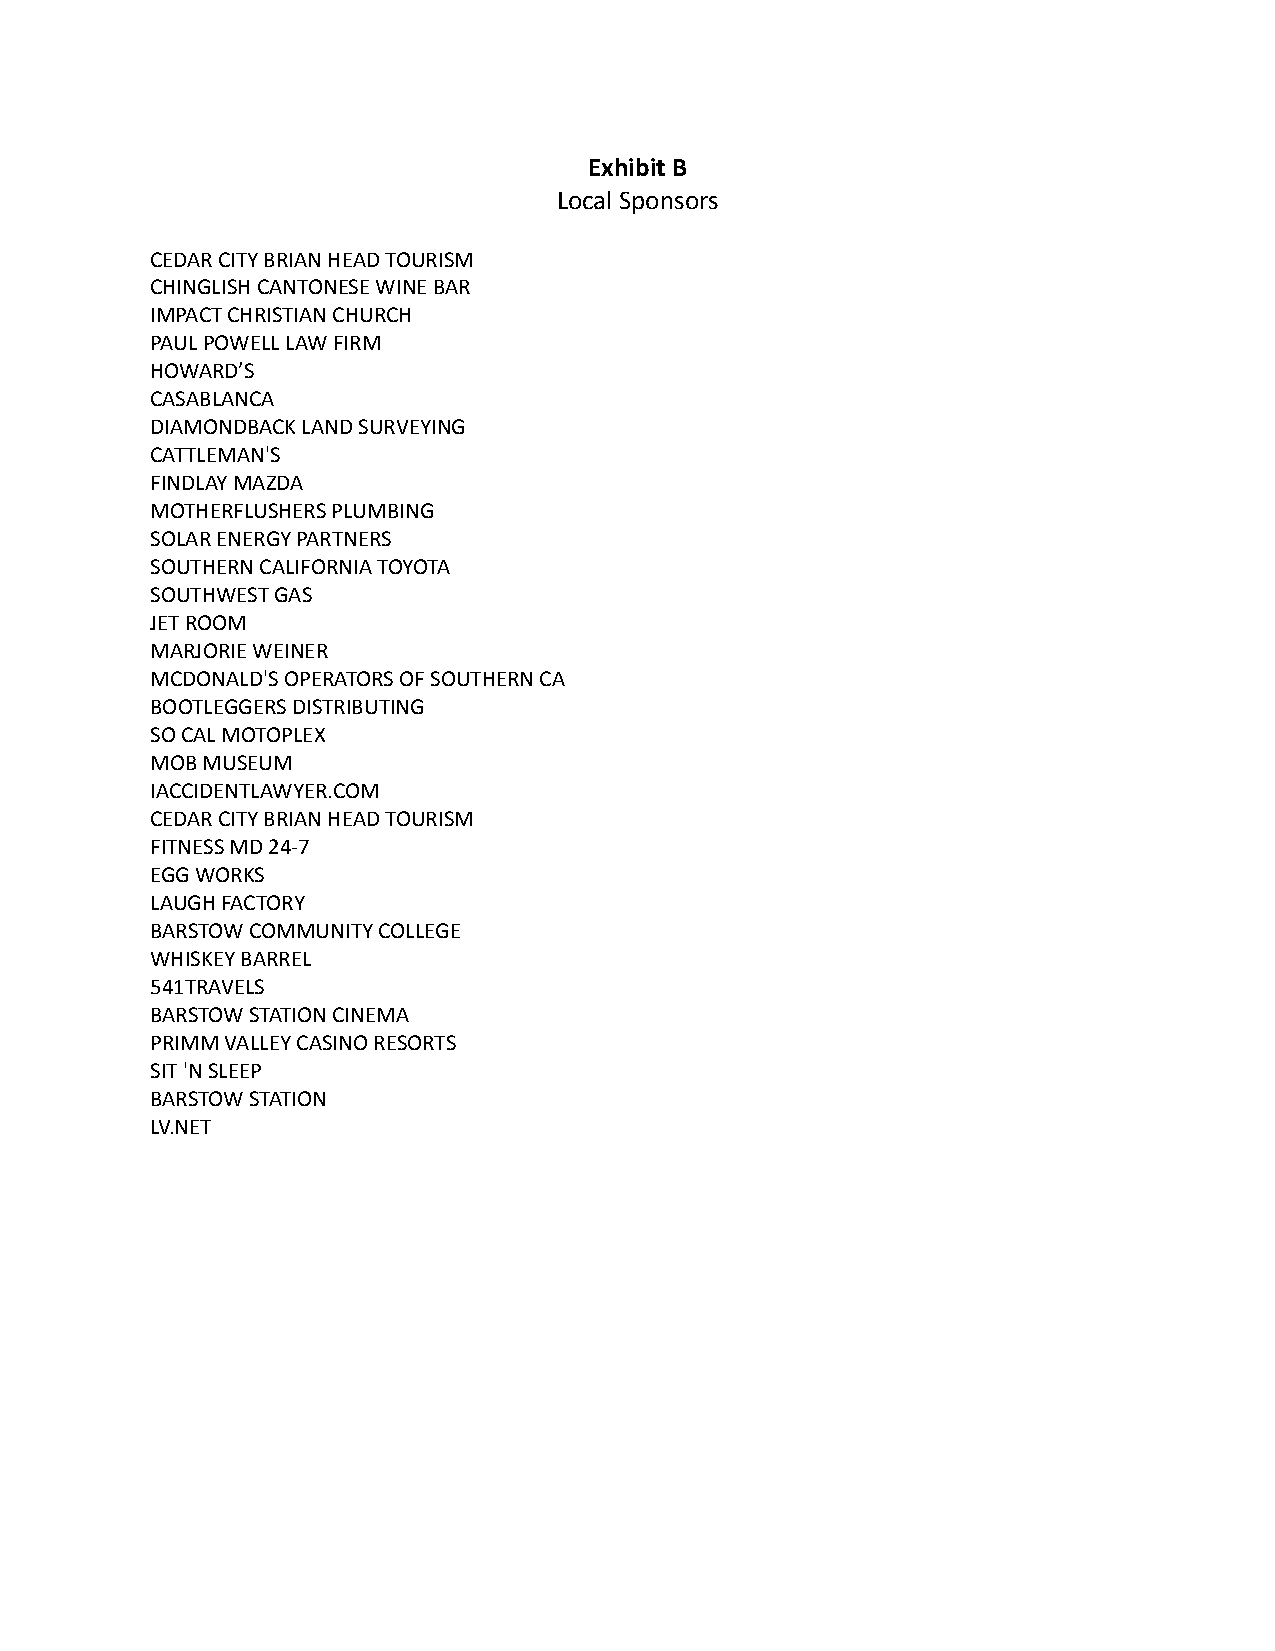
Exhibit B
 Local Sponsors
 CEDAR CITY BRIAN HEAD TOURISM
 CHINGLISH CANTONESE WINE BAR
 IMPACT CHRISTIAN CHURCH
 PAUL POWELL LAW FIRM
 HOWARD’S
 CASABLANCA
 DIAMONDBACK LAND SURVEYING
 CATTLEMAN'S
 FINDLAY MAZDA
 MOTHERFLUSHERS PLUMBING
 SOLAR ENERGY PARTNERS
 SOUTHERN CALIFORNIA TOYOTA
 SOUTHWEST GAS
 JET ROOM
 MARJORIE WEINER
 MCDONALD'S OPERATORS OF SOUTHERN CA
 BOOTLEGGERS DISTRIBUTING
 SO CAL MOTOPLEX
 MOB MUSEUM
 IACCIDENTLAWYER.COM
 CEDAR CITY BRIAN HEAD TOURISM
 FITNESS MD 24-7
 EGG WORKS
 LAUGH FACTORY
 BARSTOW COMMUNITY COLLEGE
 WHISKEY BARREL
 541TRAVELS
 BARSTOW STATION CINEMA
 PRIMM VALLEY CASINO RESORTS
 SIT 'N SLEEP
 BARSTOW STATION
 LV.NET